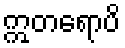
ဣတရောပိ